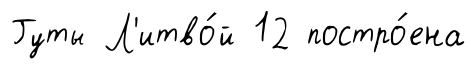
Гуты Л'итво́й 12 постро́ена